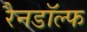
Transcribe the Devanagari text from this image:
रैनडॉल्फ